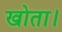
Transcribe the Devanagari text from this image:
खोता।